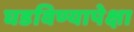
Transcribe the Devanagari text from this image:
घडविण्यापेक्षा